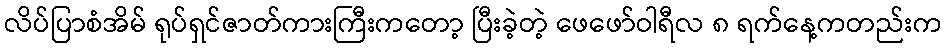
လိပ်ပြာစံအိမ် ရုပ်ရှင်ဇာတ်ကားကြီးကတော့ ပြီးခဲ့တဲ့ ဖေဖော်ဝါရီလ ၈ ရက်နေ့ကတည်းက